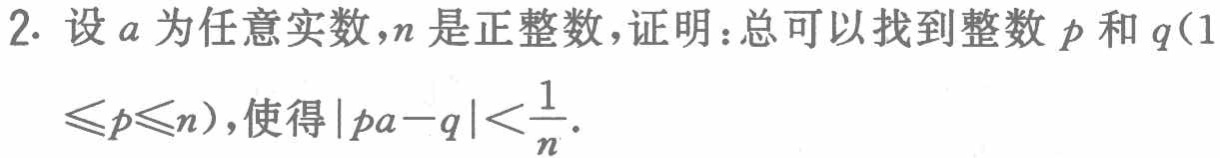
2. 设\(a\)为任意实数，\(n\)是正整数，证明：总可以找到整数\(p\)和\(q(1\leqslant p\leqslant n)\)，使得\(\vert pa - q\vert<\frac{1}{n}\)。